Report on vaccination in Madras 1877-1894 - 1877-1894
Year: 1877
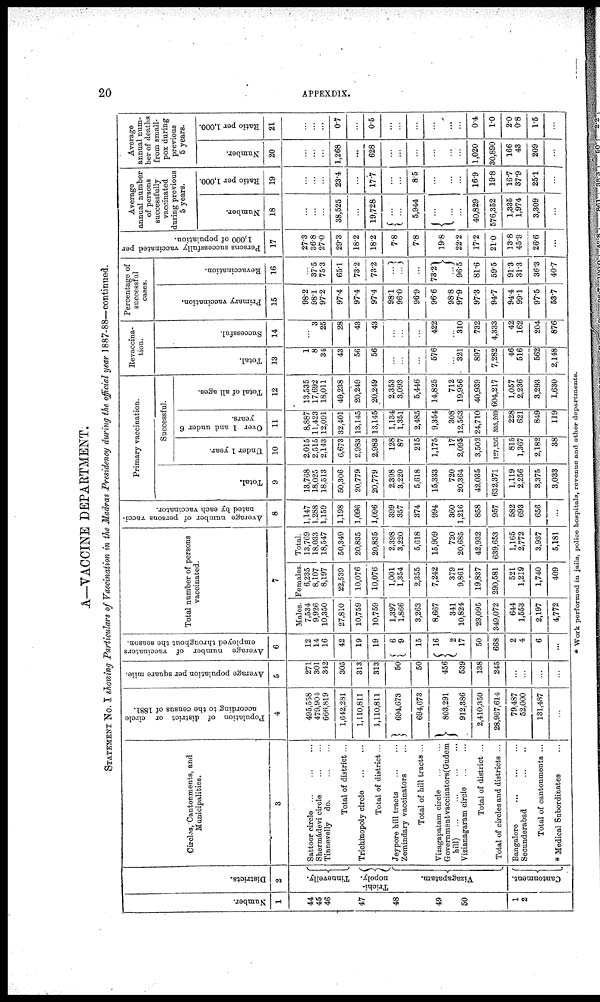
20
APPEXD1X.
A—VACCINE DEPARTMENT.
STATEMENT NO. I showing Particulars of Vaccination in the Madras Presidency during the official year 1887-88—continued.
Number.
1
44
45
46
47
48
49
50
1
2
Districts.
2
Tinnevelly.
Triohi¬
nopoly.
Vizagapatam.
Cantonment.
Circles, Cantonments, and
Municipalities.
3
Sattoor circle
...
...
...
Shermádevi circle ... ...
Tinnevelly do.
Total of district ...
Trichmopoly circle
...
...
Total of district ...
Jeypore hill tracts
...
...
Zemindary vaccinators
Total of hill tracts ...
Vizagapatam circle ...
Government vaccinators(Gudem
hill)
...
...
...
...
Vizianagaram circle
...
...
Total of district ...
Total of circles and districts ...
Bangalore
...
...
...
Secunderabad
...
...
Total of cantonments ...
* Medical Subordinates
...
Population of district or circle
according to the census of 1881.
4
495,558
479,904
666,819
1,642,281
1,110,811
1,110,811
694,673
694,673
803,291
912,386
2,410,350
28,967,614
79,487
52,000
131,487
...
Average population per square mile.
5
271
301
342
305
313
313
50
50
456
539
138
245
...
...
...
...
Average number of vaccinators
employed throughout the season.
6
12
14
16
42
19
19
6
9
15
16
2
17
50
668
2
4
6
...
Total number of persons
vaccinated.
7
Males.
7,534
9,926
10,350
27,810
10,759
10,759
1,397
1,866
3,263
8,667
341
10,824
23,095
349,072
644
1,553
2,197
4,772
Females.
6,235
8,107
8,197
22,539
10,076
10,076
1,001
1,354
2,355
7,242
379
9,861
19,837
290,581
521
1,219
1,740
409
Total.
13,769
18,033
18,547
50,349
20,835
20,835
2,398
3,220
5,618
15,909
720
20,685
42,932
639,653
1,165
2,772
3,937
5,181
Average number of persons vacci-
nated by each vaccinator.
8
1,147
1,288
1,159
1,198
1,096
1,096
399
357
374
994
360
1,216
858
957
582
693
656
...
Primary vaccination.
Total.
9
13,768
18,025
18,513
50,306
20,779
20,779
2,398
3,220
5,618
15,333
720
20,364
42,035
632,371
1,119
2,256
3,375
3,033
Successful.
Under 1 year.
10
2,015
2,515
2,143
6,673
2,983
2,983
128
87
215
1,175
17
2,095
3,502
127,356
815
1,367
2,182
38
Over 1 and under 6
years.
11
8,887
11,423
12,091
32,401
13,145
13,145
1,134
1,351
2,485
9,354
308
12,563
24,710
365,269
228
621
849
119
Total of all ages.
12
13,535
17,692
18,011
49,238
20,249
20,249
2,353
3,093
5,446
14,825
712
19,956
40,939
604,217
1,057
2,236
3,293
1,630
Revaccina-
tion.
Total.
13
1
8
34
43
56
56
...
...
...
576
...
321
897
7,282
46
516
562
2,148
Successful.
14
...
3
25
28
43
43
...
...
...
422
...
310
732
4,333
42
162
204
876
Percentage of
successful
cases.
Primary vaccination.
15
98.2
981
97.2
97.4
97.4
97.4
98.1
96.0
96.9
96.6
98.8
97.9
97.3
94.7
94.4
99.1
97.5
53.7
Revaccination.
16
...
37.5
75.3
65.1
73.2
73.2
...
...
...
73.2
...
96.5
81.6
59.5
91.3
31.3
36.3
40.7
Persons successfully vaccinated per
1,000 of population.
17
27.3
36.8
27.0
29.3
18.2
18.2
7.8
7.8
19.8
22.2
17.2
21.0
13.8
45.9
26.6
...
Average
annual number
of persons
successfully
vaccinated
during previous
5 years.
Number.
18
...
...
...
38,525
...
19,728
...
...
5,944
...
...
...
40,829
576,352
1,335
1,974
3,309
...
Ratio per 1,000.
19
...
...
...
23.4
...
17.7
...
...
8.5
...
...
...
16.9
19.8
16.7
37.9
25.1
...
Average
annual num-
ber of deaths
from small-
pox during
previous
5 years.
Number.
20
...
...
...
1,268
...
628
...
...
...
...
...
...
1,020
30,890
166
43
209
...
Ratio per 1,000.
21
...
...
...
0.7
...
0.5
...
...
...
...
...
...
0.4
1.0
2.0
0.8
1.5
...
* Work performed in jails, police hospitals, revenue and other departments.